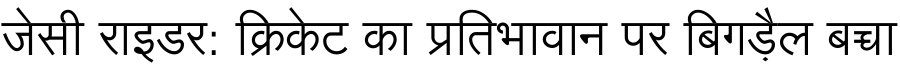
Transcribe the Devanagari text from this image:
जेसी राइडर: क्रिकेट का प्रतिभावान पर बिगड़ैल बच्चा